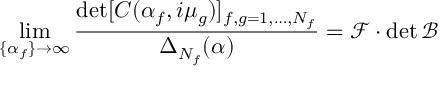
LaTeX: \operatorname * { l i m } _ { \{ \alpha _ { f } \} \to \infty } \frac { \operatorname * { d e t } [ C ( \alpha _ { f } , i \mu _ { g } ) ] _ { f , g = 1 , \dots , N _ { f } } } { \Delta _ { N _ { f } } ( \alpha ) } = \mathcal { F } \cdot \operatorname * { d e t } \mathcal { B }